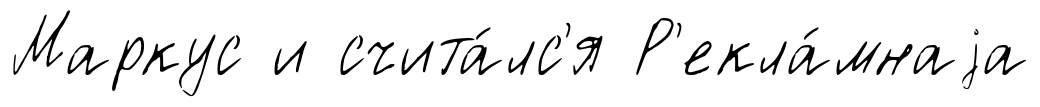
Маркус и счита́лс'я Р'екла́мнаjа